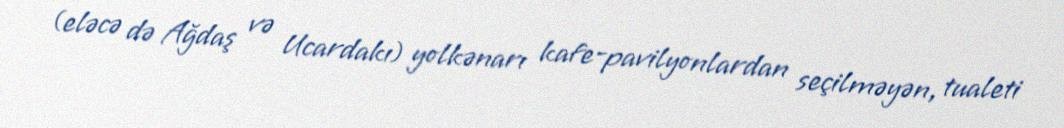
(eləcə də Ağdaş və Ucardakı) yolkənarı kafe-pavilyonlardan seçilməyən, tualeti